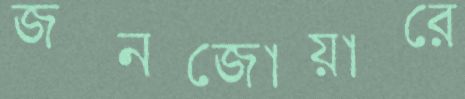
জনজোয়ারে